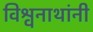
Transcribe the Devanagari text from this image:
विश्वनाथांनी